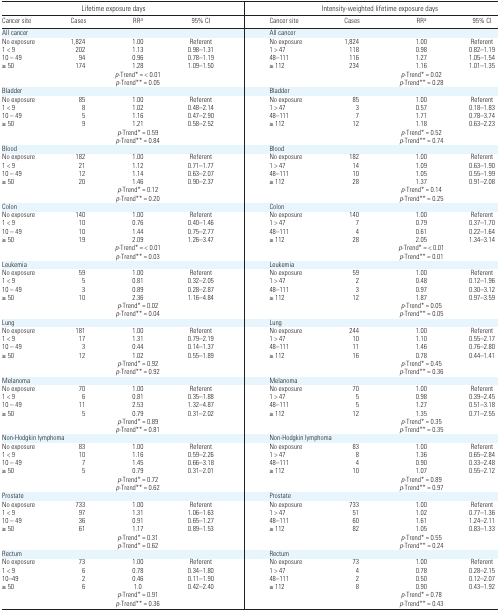
<table><thead><tr><td colspan="4"><b>Lifetime exposure days</b></td><td colspan="4"><b>Intensity-weighted lifetime exposure days</b></td></tr><tr><td><b>Cancer site</b></td><td><b>Cases</b></td><td><b>RRa</b></td><td><b>95% CI</b></td><td><b>Cancer site</b></td><td><b>Cases</b></td><td><b>RRa</b></td><td><b>95% CI</b></td></tr></thead><tbody><tr><td>All cancer</td><td></td><td></td><td></td><td>All cancer</td><td></td><td></td><td></td></tr><tr><td>No exposure</td><td>1,824</td><td>1.00</td><td>Referent</td><td>No exposure</td><td>1,824</td><td>1.00</td><td>Referent</td></tr><tr><td>1 &lt; 9</td><td>202</td><td>1.13</td><td>0.98–1.31</td><td>1 &gt; 47</td><td>118</td><td>0.98</td><td>0.82–1.19</td></tr><tr><td>10 – 49</td><td>94</td><td>0.96</td><td>0.78–1.19</td><td>48–111</td><td>116</td><td>1.27</td><td>1.05–1.54</td></tr><tr><td>≥50</td><td>174</td><td>1.28</td><td>1.09–1.50</td><td>≥112</td><td>234</td><td>1.16</td><td>1.01–1.35</td></tr><tr><td></td><td></td><td><i>p</i>-Trend* = &lt; 0.01</td><td></td><td></td><td></td><td><i>p</i>-Trend* = 0.02</td><td></td></tr><tr><td></td><td></td><td><i>p</i>-Trend** = 0.05</td><td></td><td></td><td></td><td><i>p</i>-Trend** = 0.28</td><td></td></tr><tr><td>Bladder</td><td></td><td></td><td></td><td>Bladder</td><td></td><td></td><td></td></tr><tr><td>No exposure</td><td>85</td><td>1.00</td><td>Referent</td><td>No exposure</td><td>85</td><td>1.00</td><td>Referent</td></tr><tr><td>1 &lt; 9</td><td>8</td><td>1.02</td><td>0.48–2.14</td><td>1 &gt; 47</td><td>3</td><td>0.57</td><td>0.18–1.83</td></tr><tr><td>10 – 49</td><td>5</td><td>1.16</td><td>0.47–2.90</td><td>48–111</td><td>7</td><td>1.71</td><td>0.78–3.74</td></tr><tr><td>≥50</td><td>9</td><td>1.21</td><td>0.58–2.52</td><td>≥112</td><td>12</td><td>1.18</td><td>0.63–2.23</td></tr><tr><td></td><td></td><td><i>p</i>-Trend* = 0.59</td><td></td><td></td><td></td><td><i>p</i>-Trend* = 0.52</td><td></td></tr><tr><td></td><td></td><td><i>p</i>-Trend** = 0.84</td><td></td><td></td><td></td><td><i>p</i>-Trend** = 0.74</td><td></td></tr><tr><td>Blood</td><td></td><td></td><td></td><td>Blood</td><td></td><td></td><td></td></tr><tr><td>No exposure</td><td>182</td><td>1.00</td><td>Referent</td><td>No exposure</td><td>182</td><td>1.00</td><td>Referent</td></tr><tr><td>1 &lt; 9</td><td>21</td><td>1.12</td><td>0.71–1.77</td><td>1 &gt; 47</td><td>14</td><td>1.09</td><td>0.63–1.90</td></tr><tr><td>10 – 49</td><td>12</td><td>1.14</td><td>0.63–2.07</td><td>48–111</td><td>10</td><td>1.05</td><td>0.55–1.99</td></tr><tr><td>≥50</td><td>20</td><td>1.46</td><td>0.90–2.37</td><td>≥112</td><td>28</td><td>1.37</td><td>0.91–2.08</td></tr><tr><td></td><td></td><td><i>p</i>-Trend* = 0.12</td><td></td><td></td><td></td><td><i>p</i>-Trend* = 0.14</td><td></td></tr><tr><td></td><td></td><td><i>p</i>-Trend** = 0.20</td><td></td><td></td><td></td><td><i>p</i>-Trend** = 0.25</td><td></td></tr><tr><td>Colon</td><td></td><td></td><td></td><td>Colon</td><td></td><td></td><td></td></tr><tr><td>No exposure</td><td>140</td><td>1.00</td><td>Referent</td><td>No exposure</td><td>140</td><td>1.00</td><td>Referent</td></tr><tr><td>1 &lt; 9</td><td>10</td><td>0.76</td><td>0.40–1.46</td><td>1 &gt; 47</td><td>7</td><td>0.79</td><td>0.37–1.70</td></tr><tr><td>10 – 49</td><td>10</td><td>1.44</td><td>0.75–2.77</td><td>48–111</td><td>4</td><td>0.61</td><td>0.22–1.64</td></tr><tr><td>≥50</td><td>19</td><td>2.09</td><td>1.26–3.47</td><td>≥112</td><td>28</td><td>2.05</td><td>1.34–3.14</td></tr><tr><td></td><td></td><td><i>p</i>-Trend* = &lt; 0.01</td><td></td><td></td><td></td><td><i>p</i>-Trend* = &lt; 0.01</td><td></td></tr><tr><td></td><td></td><td><i>p</i>-Trend** = 0.03</td><td></td><td></td><td></td><td><i>p</i>-Trend** = 0.01</td><td></td></tr><tr><td>Leukemia</td><td></td><td></td><td></td><td>Leukemia</td><td></td><td></td><td></td></tr><tr><td>No exposure</td><td>59</td><td>1.00</td><td>Referent</td><td>No exposure</td><td>59</td><td>1.00</td><td>Referent</td></tr><tr><td>1 &lt; 9</td><td>5</td><td>0.81</td><td>0.32–2.05</td><td>1 &gt; 47</td><td>2</td><td>0.48</td><td>0.12–1.96</td></tr><tr><td>10 – 49</td><td>3</td><td>0.89</td><td>0.28–2.87</td><td>48–111</td><td>3</td><td>0.97</td><td>0.30–3.12</td></tr><tr><td>≥50</td><td>10</td><td>2.36</td><td>1.16–4.84</td><td>≥112</td><td>12</td><td>1.87</td><td>0.97–3.59</td></tr><tr><td></td><td></td><td><i>p</i>-Trend* = 0.02</td><td></td><td></td><td></td><td><i>p</i>-Trend* = 0.05</td><td></td></tr><tr><td></td><td></td><td><i>p</i>-Trend** = 0.04</td><td></td><td></td><td></td><td><i>p</i>-Trend** = 0.05</td><td></td></tr><tr><td>Lung</td><td></td><td></td><td></td><td>Lung</td><td></td><td></td><td></td></tr><tr><td>No exposure</td><td>181</td><td>1.00</td><td>Referent</td><td>No exposure</td><td>244</td><td>1.00</td><td>Referent</td></tr><tr><td>1 &lt; 9</td><td>17</td><td>1.31</td><td>0.79–2.19</td><td>1 &gt; 47</td><td>10</td><td>1.10</td><td>0.55–2.17</td></tr><tr><td>10 – 49</td><td>3</td><td>0.44</td><td>0.14–1.37</td><td>48–111</td><td>11</td><td>1.46</td><td>0.76–2.80</td></tr><tr><td>≥50</td><td>12</td><td>1.02</td><td>0.55–1.89</td><td>≥112</td><td>16</td><td>0.78</td><td>0.44–1.41</td></tr><tr><td></td><td></td><td><i>p</i>-Trend* = 0.92</td><td></td><td></td><td></td><td><i>p</i>-Trend* = 0.45</td><td></td></tr><tr><td></td><td></td><td><i>p</i>-Trend** = 0.92</td><td></td><td></td><td></td><td><i>p</i>-Trend** = 0.36</td><td></td></tr><tr><td>Melanoma</td><td></td><td></td><td></td><td>Melanoma</td><td></td><td></td><td></td></tr><tr><td>No exposure</td><td>70</td><td>1.00</td><td>Referent</td><td>No exposure</td><td>70</td><td>1.00</td><td>Referent</td></tr><tr><td>1 &lt; 9</td><td>6</td><td>0.81</td><td>0.35–1.88</td><td>1 &gt; 47</td><td>5</td><td>0.98</td><td>0.39–2.45</td></tr><tr><td>10 – 49</td><td>11</td><td>2.53</td><td>1.32–4.87</td><td>48–111</td><td>5</td><td>1.27</td><td>0.51–3.18</td></tr><tr><td>≥50</td><td>5</td><td>0.79</td><td>0.31–2.02</td><td>≥112</td><td>12</td><td>1.35</td><td>0.71–2.55</td></tr><tr><td></td><td></td><td><i>p</i>-Trend* = 0.89</td><td></td><td></td><td></td><td><i>p</i>-Trend* = 0.35</td><td></td></tr><tr><td></td><td></td><td><i>p</i>-Trend** = 0.81</td><td></td><td></td><td></td><td><i>p</i>-Trend** = 0.35</td><td></td></tr><tr><td>Non-Hodgkin lymphoma</td><td></td><td></td><td></td><td>Non-Hodgkin lymphoma</td><td></td><td></td><td></td></tr><tr><td>No exposure</td><td>83</td><td>1.00</td><td>Referent</td><td>No exposure</td><td>83</td><td>1.00</td><td>Referent</td></tr><tr><td>1 &lt; 9</td><td>10</td><td>1.16</td><td>0.59–2.26</td><td>1 &gt; 47</td><td>8</td><td>1.36</td><td>0.65–2.84</td></tr><tr><td>10 – 49</td><td>7</td><td>1.45</td><td>0.66–3.18</td><td>48–111</td><td>4</td><td>0.90</td><td>0.33–2.48</td></tr><tr><td>≥50</td><td>5</td><td>0.79</td><td>0.31–2.01</td><td>≥112</td><td>10</td><td>1.07</td><td>0.55–2.12</td></tr><tr><td></td><td></td><td><i>p</i>-Trend* = 0.72</td><td></td><td></td><td></td><td><i>p</i>-Trend* = 0.89</td><td></td></tr><tr><td></td><td></td><td><i>p</i>-Trend** = 0.62</td><td></td><td></td><td></td><td><i>p</i>-Trend** = 0.97</td><td></td></tr><tr><td>Prostate</td><td></td><td></td><td></td><td>Prostate</td><td></td><td></td><td></td></tr><tr><td>No exposure</td><td>733</td><td>1.00</td><td>Referent</td><td>No exposure</td><td>733</td><td>1.00</td><td>Referent</td></tr><tr><td>1 &lt; 9</td><td>97</td><td>1.31</td><td>1.06–1.63</td><td>1 &gt; 47</td><td>51</td><td>1.02</td><td>0.77–1.36</td></tr><tr><td>10 – 49</td><td>36</td><td>0.91</td><td>0.65–1.27</td><td>48–111</td><td>60</td><td>1.61</td><td>1.24–2.11</td></tr><tr><td>≥50</td><td>61</td><td>1.17</td><td>0.89–1.53</td><td>≥112</td><td>82</td><td>1.05</td><td>0.83–1.33</td></tr><tr><td></td><td></td><td><i>p</i>-Trend* = 0.31</td><td></td><td></td><td></td><td><i>p</i>-Trend* = 0.55</td><td></td></tr><tr><td></td><td></td><td><i>p</i>-Trend* = 0.62</td><td></td><td></td><td></td><td><i>p</i>-Trend** = 0.24</td><td></td></tr><tr><td>Rectum</td><td></td><td></td><td></td><td>Rectum</td><td></td><td></td><td></td></tr><tr><td>No exposure</td><td>73</td><td>1.00</td><td>Referent</td><td>No exposure</td><td>73</td><td>1.00</td><td>Referent</td></tr><tr><td>1 &lt; 9</td><td>6</td><td>0.78</td><td>0.34–1.80</td><td>1 &gt; 47</td><td>4</td><td>0.78</td><td>0.28–2.15</td></tr><tr><td>10–49</td><td>2</td><td>0.46</td><td>0.11–1.90</td><td>48–111</td><td>2</td><td>0.50</td><td>0.12–2.07</td></tr><tr><td>≥50</td><td>6</td><td>1.0</td><td>0.42–2.40</td><td>≥112</td><td>8</td><td>0.90</td><td>0.43–1.92</td></tr><tr><td></td><td></td><td><i>p</i>-Trend* = 0.91</td><td></td><td></td><td></td><td><i>p</i>-Trend* = 0.78</td><td></td></tr><tr><td></td><td></td><td><i>p</i>-Trend** = 0.36</td><td></td><td></td><td></td><td><i>p</i>-Trend** = 0.43</td><td></td></tr></tbody></table>